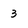
Character: 3